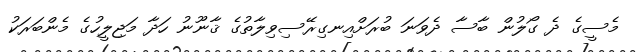
މެސީގެ ދެ ގޯލުން ބާސާ ދެވަނަ ބުރަށްއިނގިރޭސިވިލާތުގެ ޤާނޫނު ހަދާ މަޖިލީހުގެ މެންބަރަކު